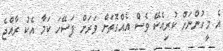
އެ މީހުންނަށް ކުރިއެކޭ ވެސް އެއްގޮތަށް ވަރަށް ފަސޭހަ ކަމާ އެކު ރާއްޖެ